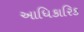
આધિકારિક